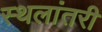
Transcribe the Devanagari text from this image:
स्थलांतरी